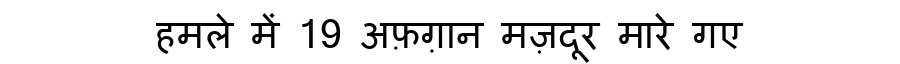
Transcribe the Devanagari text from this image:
हमले में 19 अफ़ग़ान मज़दूर मारे गए